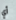
أي